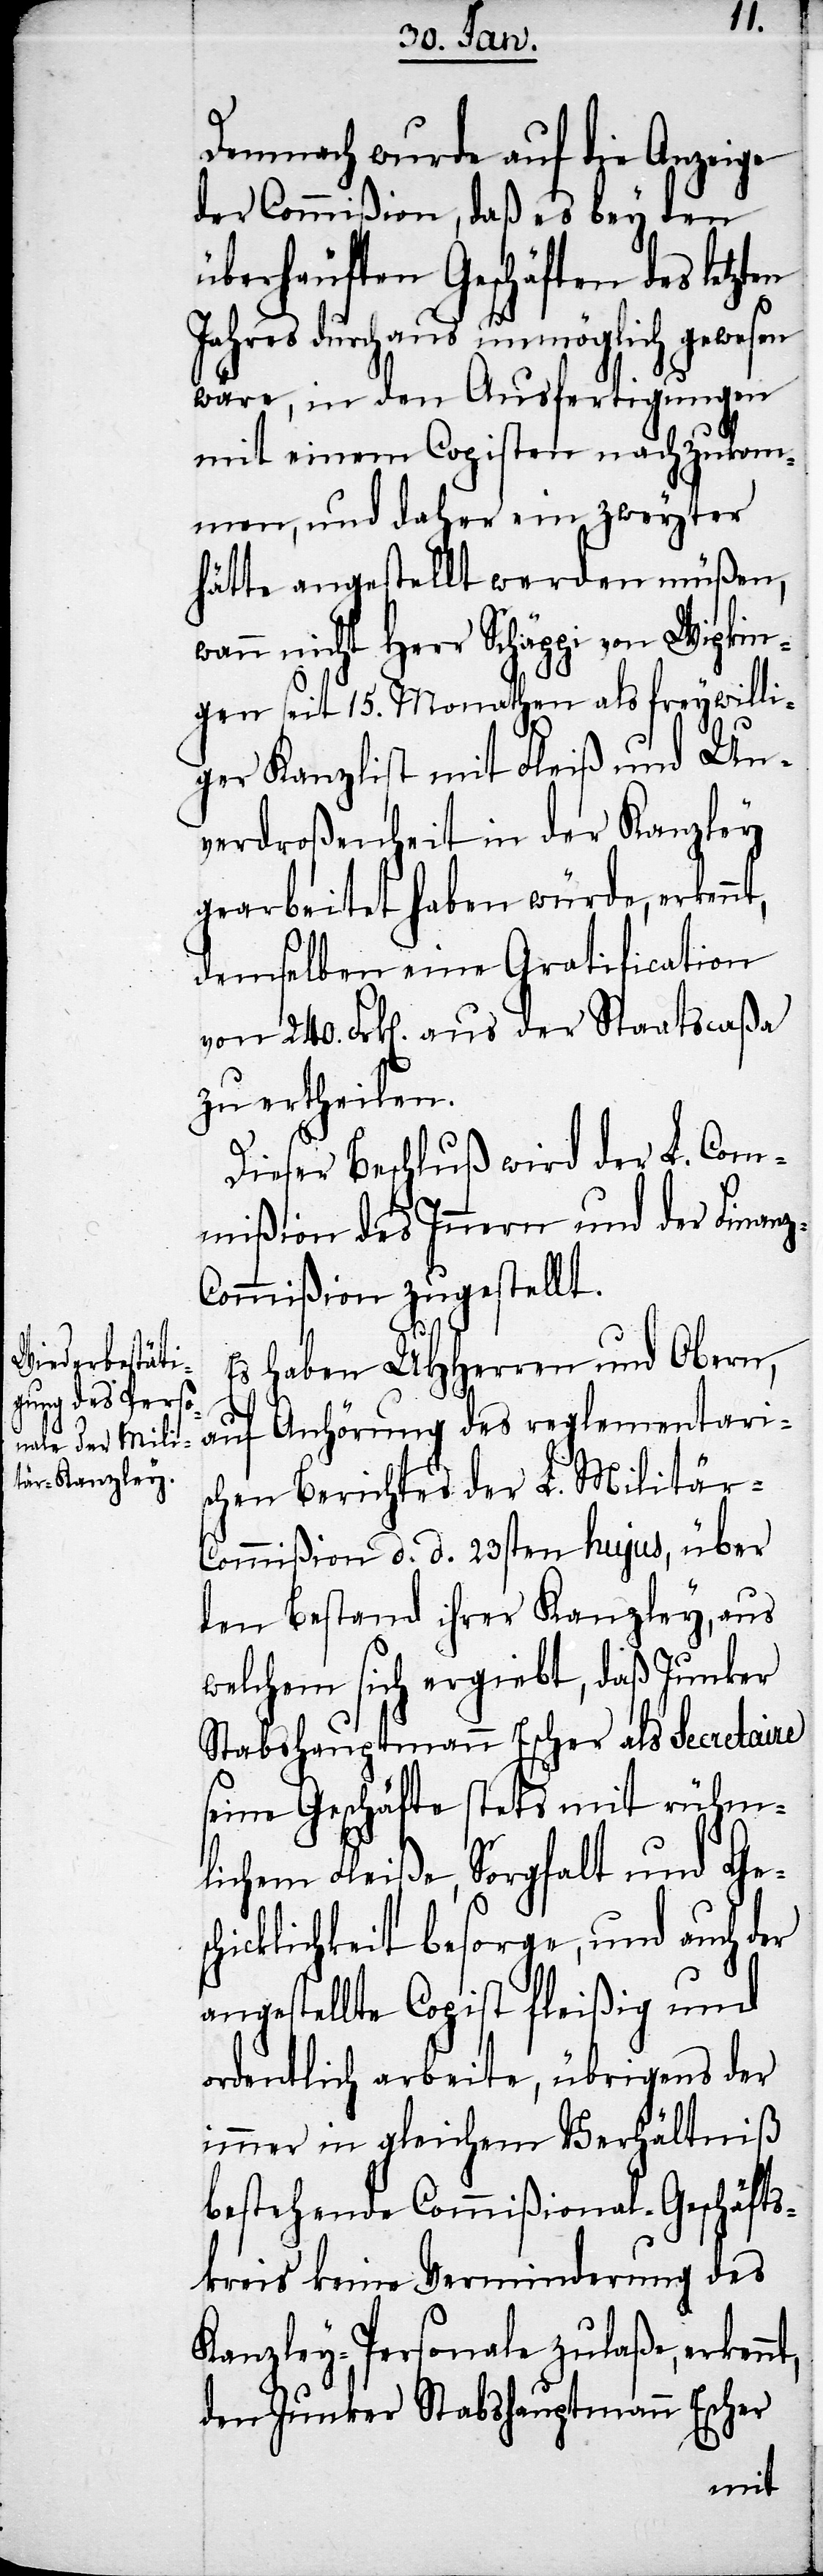
z-C¬
Demnach wurde auf die Anzeige
der Commißion, daß es bey den
überhäuften Geschäften des letzt¬
Jahres durch aus unmöglich gewesen
wäre, in den Ausfertigungen
mit einem Copisten nachzukom¬
men, und daher ein zweyter
hätte angestellt werden müßen,
wann nicht Herr Schäppi von Wipkin¬
gen seit 15. Monathen als freywilli¬
ger Kanzlist mit Fleiß und Un¬
verdroßenheit in der Kanzley
gearbeitet haben würde, erkennt,
demselben eine Gratification
von 240. Frk[en]. aus der Staatscaßa
zu ertheilen.
Dieser Beschluß wird der L. Com¬
mißion des Innern und der Finan¬
ommißion zugestellt.
Es haben UHHerren und Obern,
auf Anhörung des reglementaris¬
chen Berichtes der L. Militär-C¬
ommißion d. d. 23sten hujus, über
den Bestand ihrer Kanzley, aus
welchem sich ergiebt, daß Junker
Stabshauptmann Escher als Secretaire
seine Geschäfte stets mit rühm¬
lichem Fleiße, Sorgfalt und Gesc¬
hicklichkeit besorge, und auch der
angestellte Copist fleißig und
ordentlich arbeite, übrigens der
immer in gleichem Verhältniß
bestehende Commißional-Geschäfts¬
kreis keine Verminderung des
Kanzley-Personale zulaße,
den Junker Stabshauptmann Escher